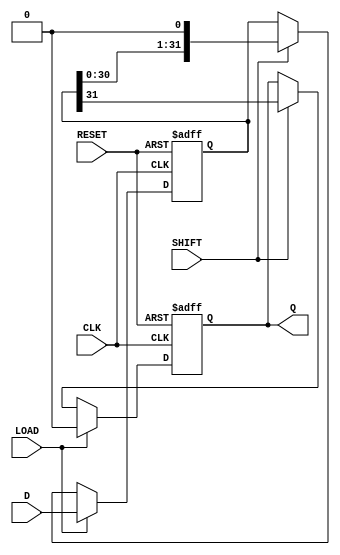
module PISO_Register (
    input wire [31:0] D,      // 32-bit data input
    input wire LOAD,          // Load control signal
    input wire SHIFT,         // Shift control signal
    input wire CLK,           // Clock signal
    input wire RESET,         // Asynchronous reset signal
    output reg Q              // Serial output
);

    reg [31:0] shift_reg;     // Shift register to hold the data

    always @(posedge CLK or posedge RESET) begin
        if (RESET) begin
            // Asynchronous reset: clear the shift register
            shift_reg <= 32'b0;
            Q <= 1'b0;         // Clear the serial output
        end else if (LOAD) begin
            // Load data into the shift register
            shift_reg <= D;
            Q <= 1'b0;         // Clear the serial output during load
        end else if (SHIFT) begin
            // Shift data out serially
            Q <= shift_reg[31]; // Output the MSB
            shift_reg <= {shift_reg[30:0], 1'b0}; // Shift right
        end
    end

endmodule